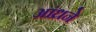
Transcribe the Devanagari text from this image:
आंध्रने